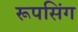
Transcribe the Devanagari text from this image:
रूपसिंग